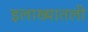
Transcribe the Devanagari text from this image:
इलाख्यातली